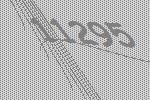
11295